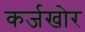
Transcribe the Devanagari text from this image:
कर्जखोर